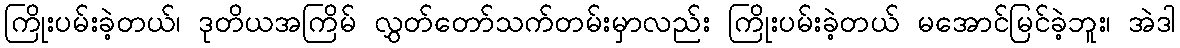
ကြိုးပမ်းခဲ့တယ်၊ ဒုတိယအကြိမ် လွှတ်တော်သက်တမ်းမှာလည်း ကြိုးပမ်းခဲ့တယ် မအောင်မြင်ခဲ့ဘူး၊ အဲဒါ